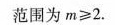
范围为$$m ≥ 2$$.